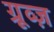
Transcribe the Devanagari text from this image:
ग्रूव्ज़